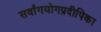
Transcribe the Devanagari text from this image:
सर्वांगयोगप्रदीपिका